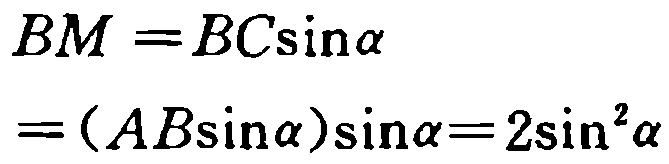
\[
\begin{align*}
BM&=BC\sin\alpha\\
&=(AB\sin\alpha)\sin\alpha = 2\sin^{2}\alpha
\end{align*}
\]